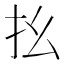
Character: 𢩼